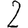
Digit: 2